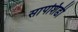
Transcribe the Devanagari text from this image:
सापशिडी